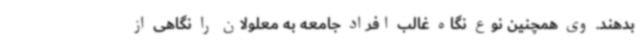
بدهند. وی همچنین نوع نگاه غالب افراد جامعه به معلولان را نگاهی از